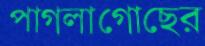
পাগলাগোছের